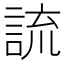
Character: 𧨆